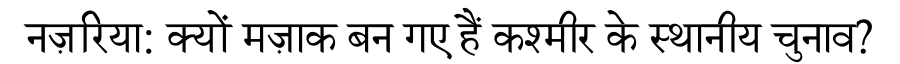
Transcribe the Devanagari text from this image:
नज़रिया: क्यों मज़ाक बन गए हैं कश्मीर के स्थानीय चुनाव?